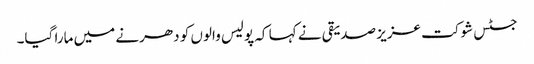
جسٹس شوکت عزیز صدیقی نے کہا کہ پولیس والوں کو دھرنے میں مارا گیا۔